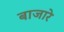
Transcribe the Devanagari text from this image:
बाजारे